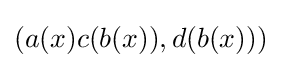
(a(x)c(b(x)),d(b(x)))